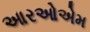
આરઓએમ